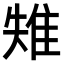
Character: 𨾤